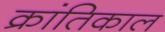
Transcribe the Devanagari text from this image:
क्रांतिकाल